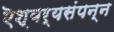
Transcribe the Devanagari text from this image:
ऎश्वर्यसंपन्न